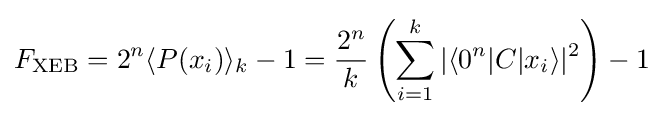
F_{\rm {XEB}}=2^{n}\langle P(x_{i})\rangle _{k}-1={\frac {2^{n}}{k}}\left(\sum _{i=1}^{k}|\langle 0^{n}|C|x_{i}\rangle |^{2}\right)-1